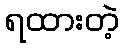
ရထားတဲ့